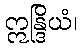
ဣန္ဒြိယံ၊